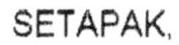
SETAPAK,